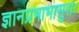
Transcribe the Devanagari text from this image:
ज्ञानप्रभाभासुराः